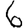
Digit: 6